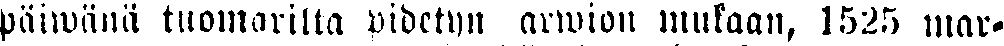
päiwänä tuomarilla pidetyn arwion mukaan, 1525 mar-